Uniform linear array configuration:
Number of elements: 12
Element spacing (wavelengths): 0.75
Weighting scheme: binomial
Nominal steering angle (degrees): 15
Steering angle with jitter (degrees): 15.989
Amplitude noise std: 0.05
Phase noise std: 0.05

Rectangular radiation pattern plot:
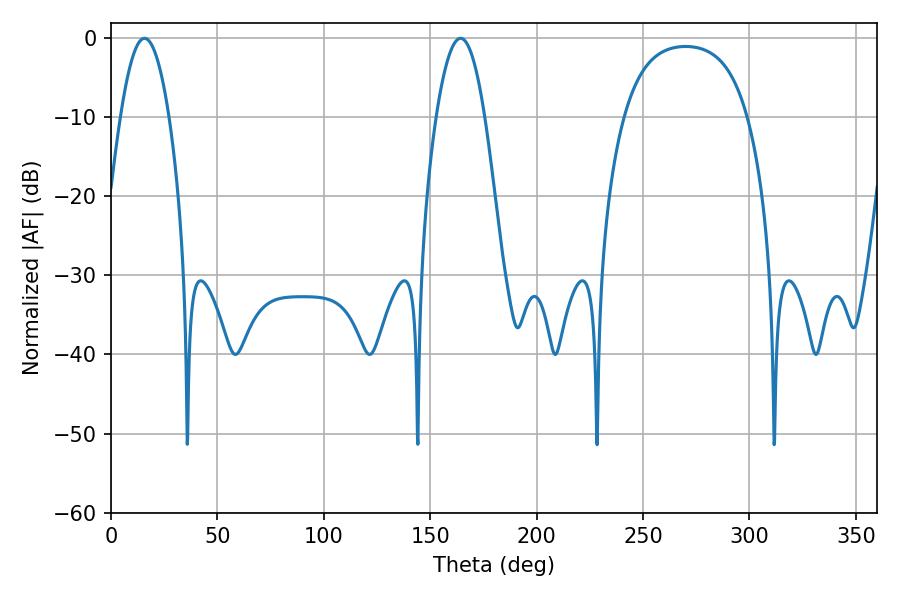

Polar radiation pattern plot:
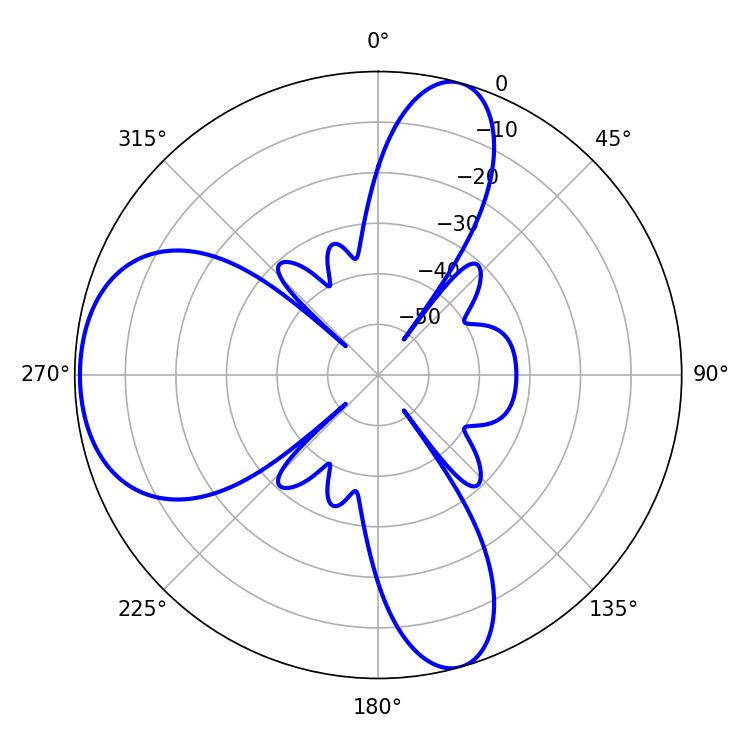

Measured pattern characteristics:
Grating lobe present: TRUE
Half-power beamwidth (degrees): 12.42
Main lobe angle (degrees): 15.66